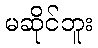
မဆိုင်ဘူး